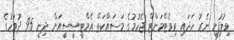
ވިލުފުށީ ނެރު ހަދައި ރިވެޓްމަންޓް ޖެހުމުގެ މަސައްކަތް އެމްޓީސީސީއަށް ދިނީ 95 ދުވަހުގެ